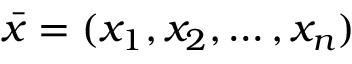
{ \bar { x } } = ( x _ { 1 } , x _ { 2 } , \ldots , x _ { n } )